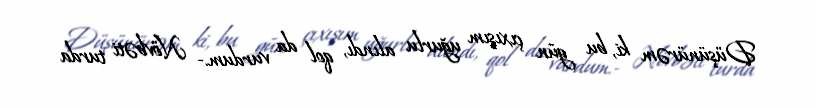
Düşünürəm ki, bu gün çıxışım uğurlu alındı, qol da vurdum.- Növbəti turda